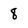
Character: 8